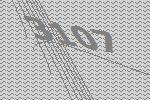
3107